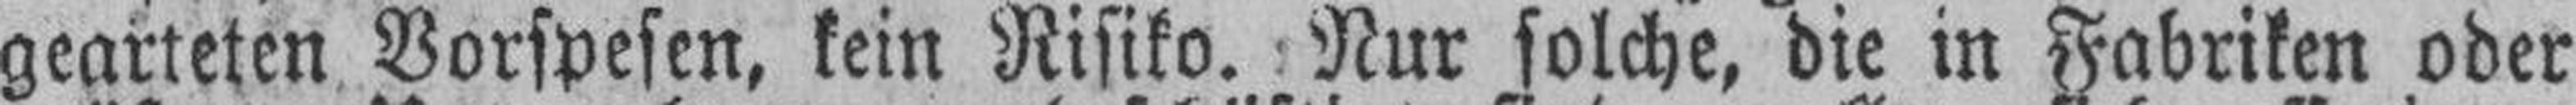
gearteten Vorspesen, kein Risiko. Nur solche, die in Fabriken oder